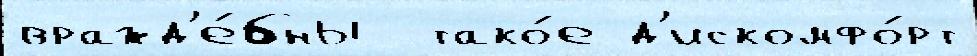
вражд'е́бны  тако́е д'искомфо́рт